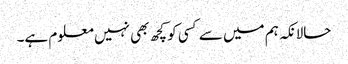
حالانکہ ہم میں سے کسی کو کچھ بھی نہیں معلوم ہے۔